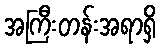
အကြီးတန်းအရာရှိ